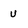
Character: v